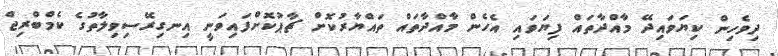
ދިވެހިން ކިޔަވައިދޭ މާއްދާތައް ފިޔަވައި އެހެން މާއްދާތައް ތައްޔާރުކޮށް ޗާޕުކޮށްފައިވަނީ އިނގިރޭސިވިލާތުގެ ކެމްބްރިޖް